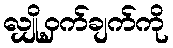
လျှို့ဝှက်ချက်ကို